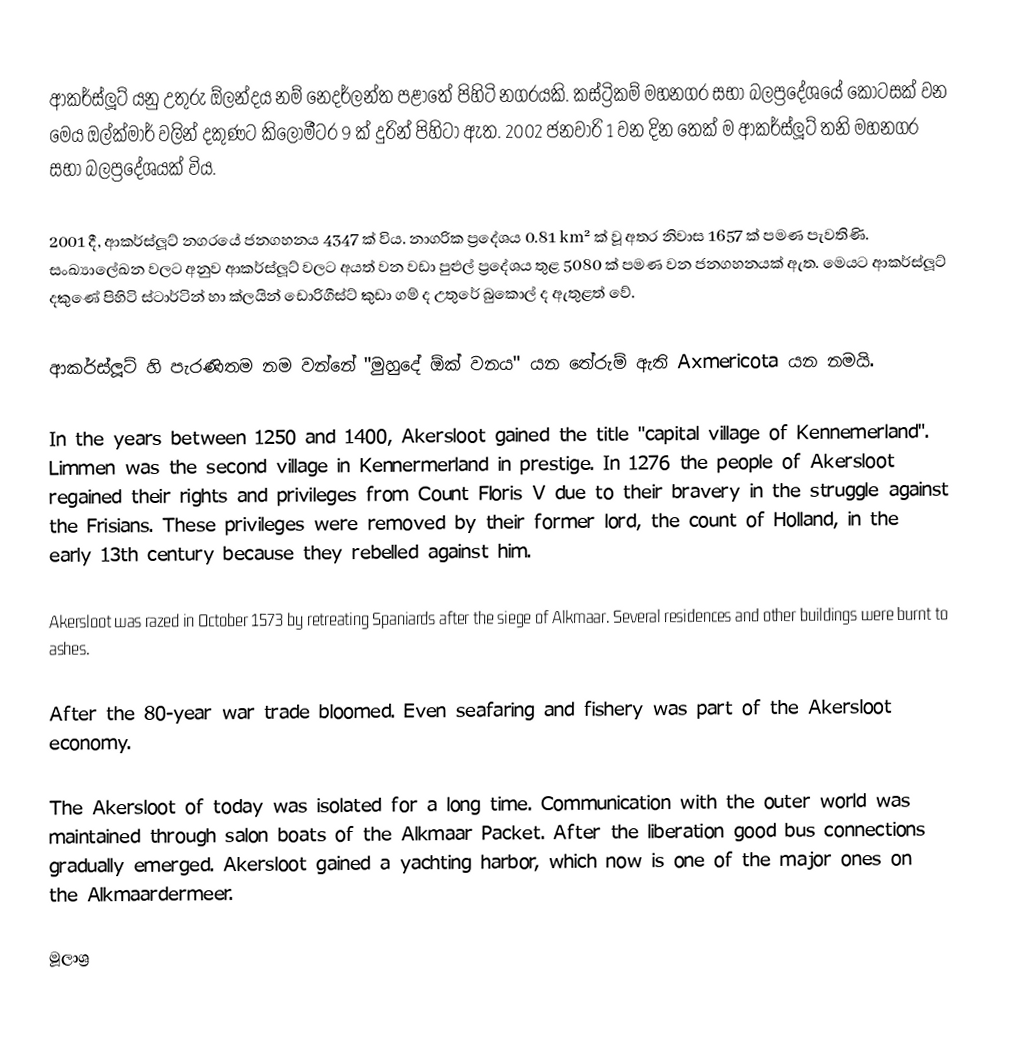
ආකර්ස්ලූට් යනු උතුරු ඕලන්දය නම් නෙදර්ලන්ත පළාතේ පිහිටි නගරයකි. කස්ට්‍රිකම් මහනගර සභා බලප්‍රදේශයේ කොටසක් වන මෙය ඔල්ක්මාර් වලින් දකුණට කිලෝමීටර 9 ක් දුරින් පිහිටා ඇත. 2002 ජනවාරි 1 වන දින තෙක් ම ආකර්ස්ලූට් තනි මහනගර සභා බලප්‍රදේශයක් විය.

2001 දී, ආකර්ස්ලූට් නගරයේ ජනගහනය 4347 ක් විය. නාගරික ප්‍රදේශය 0.81 km² ක් වූ අතර නිවාස 1657 ක් පමණ පැවතිණි. සංඛ්‍යාලේඛන වලට අනුව ආකර්ස්ලූට් වලට අයත් වන වඩා පුළුල් ප්‍රදේශය තුළ 5080 ක් පමණ වන ජනගහනයක් ඇත. මෙයට ආකර්ස්ලූට් දකුණේ පිහිටි ස්ටාර්ටින් හා ක්ලයින් ඩොරිගීස්ට් කුඩා ගම් ද උතුරේ බුකොල් ද ඇතුළත් වේ.

ආකර්ස්ලූට් හි පැරණිතම නම වන්නේ "මුහුදේ ඕක් වනය" යන තේරුම් ඇති Axmericota යන නමයි.

In the years between 1250 and 1400, Akersloot gained the title "capital village of Kennemerland". Limmen was the second village in Kennermerland in prestige. In 1276 the people of Akersloot regained their rights and privileges from Count Floris V due to their bravery in the struggle against the Frisians. These privileges were removed by their former lord, the count of Holland, in the early 13th century because they rebelled against him.

Akersloot was razed in October 1573 by retreating Spaniards after the siege of Alkmaar. Several residences and other buildings were burnt to ashes.

After the 80-year war trade bloomed. Even seafaring and fishery was part of the Akersloot economy.

The Akersloot of today was isolated for a long time. Communication with the outer world was maintained through salon boats of the Alkmaar Packet. After the liberation good bus connections gradually emerged. Akersloot gained a yachting harbor, which now is one of the major ones on the Alkmaardermeer.

මූලාශ්‍ර